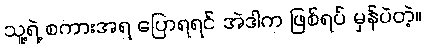
သူ့ရဲ့ စကားအရ ပြောရရင် အဲဒါက ဖြစ်ရပ် မှန်ပဲတဲ့။